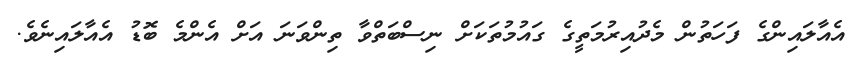
އެއާލައިންގެ ފަހަތުން މެދުއިރުމަތީގެ ގައުމުތަކަށް ނިސްބަތްވާ ތިންވަނަ އަށް އެންމެ ބޮޑު އެއާލައިނެވެ.